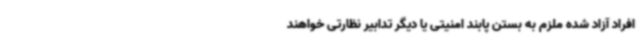
افراد آزاد شده ملزم به بستن پابند امنیتی یا دیگر تدابیر نظارتی خواهند